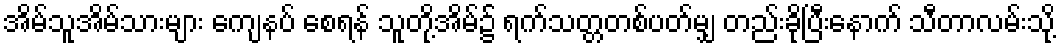
အိမ်သူအိမ်သားများ ကျေနပ် စေရန် သူတို့အိမ်၌ ရက်သတ္တတစ်ပတ်မျှ တည်းခိုပြီးနောက် သီတာလမ်းသို့